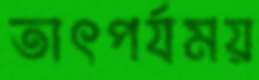
তাৎপর্যময়